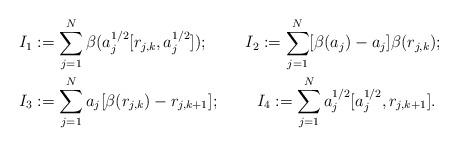
LaTeX: \begin{align*}I_1 &:= \sum_{j=1}^N \beta( a_j^{1/2} [ r_{j,k}, a_j^{1/2} ] );\;\;\;\;\;\;\;\; I_2 := \sum_{j=1}^N [\beta(a_j)-a_j]\beta(r_{j,k}) ;\\I_3 &:= \sum_{j=1}^N a_j[ \beta(r_{j,k}) - r_{j,k+1} ];\;\;\;\;\;\;\;\;I_4 := \sum_{j=1}^N a_j^{1/2} [ a_j^{1/2}, r_{j,k+1} ].\end{align*}